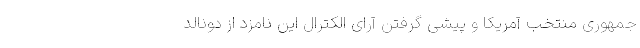
جمهوری منتخب آمریکا و پیشی گرفتن آرای الکترال این نامزد از دونالد